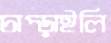
চাপ্‌ড়াইলি